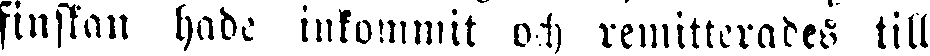
finskan hade inkommit och remitterades till